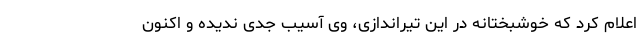
اعلام کرد که خوشبختانه در این تیراندازی، وی آسیب جدی ندیده و اکنون